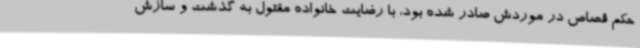
حکم قصاص در موردش صادر شده بود، با رضایت خانواده مقتول به گذشت و سازش